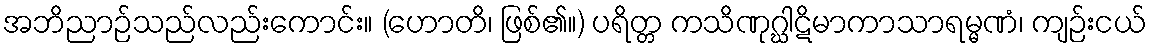
အဘိညာဉ်သည်လည်းကောင်း။ (ဟောတိ၊ ဖြစ်၏။) ပရိတ္တ ကသိဏုဂ္ဃါဋိမာကာသာရမ္မဏံ၊ ကျဉ်းငယ်